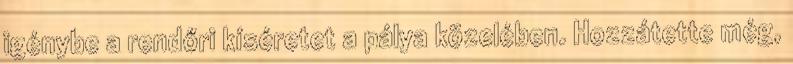
igénybe a rendőri kíséretet a pálya közelében. Hozzátette még,